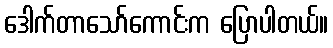
ဒေါက်တာသော်ကောင်းက ပြောပါတယ်။